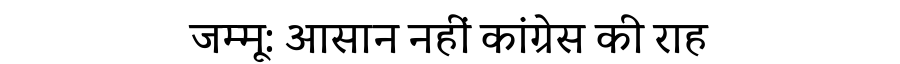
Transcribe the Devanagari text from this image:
जम्मू: आसान नहीं कांग्रेस की राह